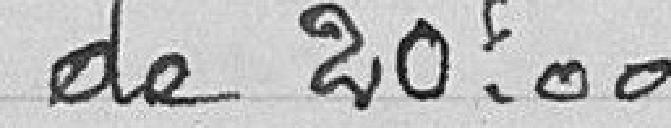
de 20,00 francs.